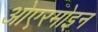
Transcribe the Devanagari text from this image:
ओएरमोइन